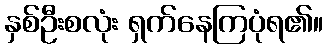
နှစ်ဦးစလုံး ရှက်နေကြပုံရ၏။